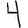
Digit: 4